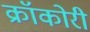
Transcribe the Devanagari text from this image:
क्रॉकोरी